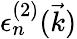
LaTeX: \epsilon_{n}^{(2)}(\vec{k})